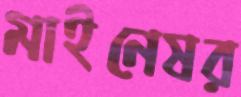
মাইনেষর